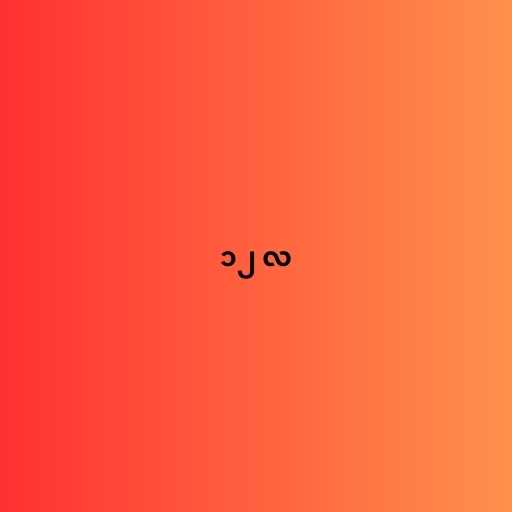
၁၂ လ